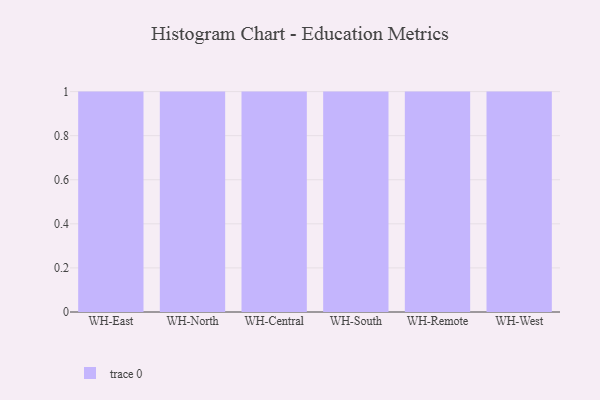
{"axis": {"x": "Warehouse", "y": "Gross Profit (USD K)"}, "legend": [""], "data": [{"x": "WH-East", "y": 39, "type": ""}, {"x": "WH-North", "y": 62, "type": ""}, {"x": "WH-Central", "y": 93, "type": ""}, {"x": "WH-South", "y": 16, "type": ""}, {"x": "WH-Remote", "y": 94, "type": ""}, {"x": "WH-West", "y": 23, "type": ""}]}